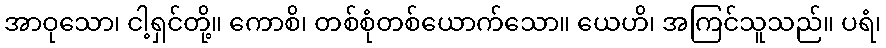
အာဝုသော၊ ငါ့ရှင်တို့။ ကောစိ၊ တစ်စုံတစ်ယောက်သော။ ယေဟိ၊ အကြင်သူသည်။ ပရံ၊